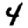
Digit: 4